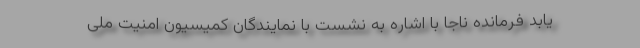
یابد فرمانده ناجا با اشاره به نشست با نمایندگان کمیسیون امنیت ملی